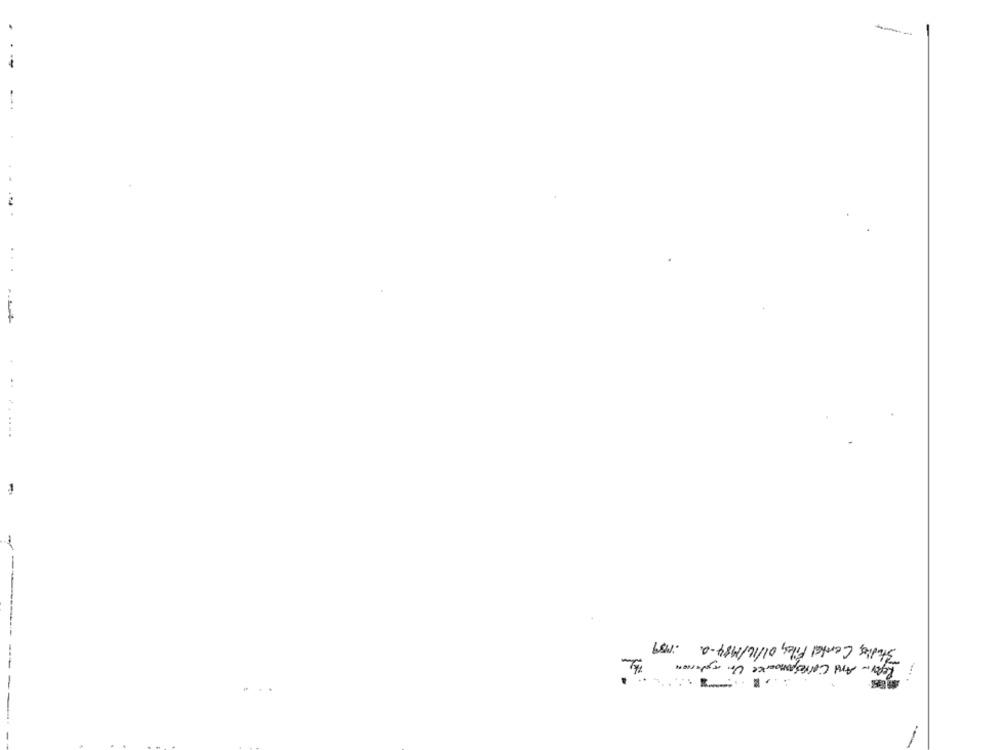
Studies, Central Files, 01/16/1984-Q .159
Reply- And Corresponde Un autorun